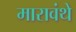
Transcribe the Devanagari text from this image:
मारावंथे